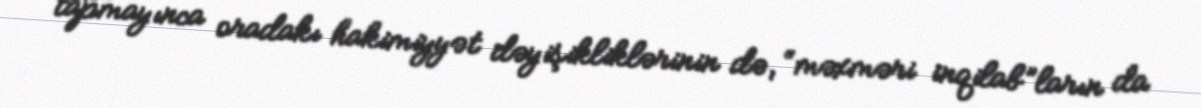
tapmayınca oradakı hakimiyyət dəyişikliklərinin də, “məxməri inqilab”ların da